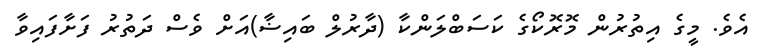
އެވެ. މީގެ އިތުރުން މޮރޮކޯގެ ކަސަބްލަންކާ (ދާރުލް ބައިޟާ)އަށް ވެސް ދަތުރު ފަށާފައިވާ